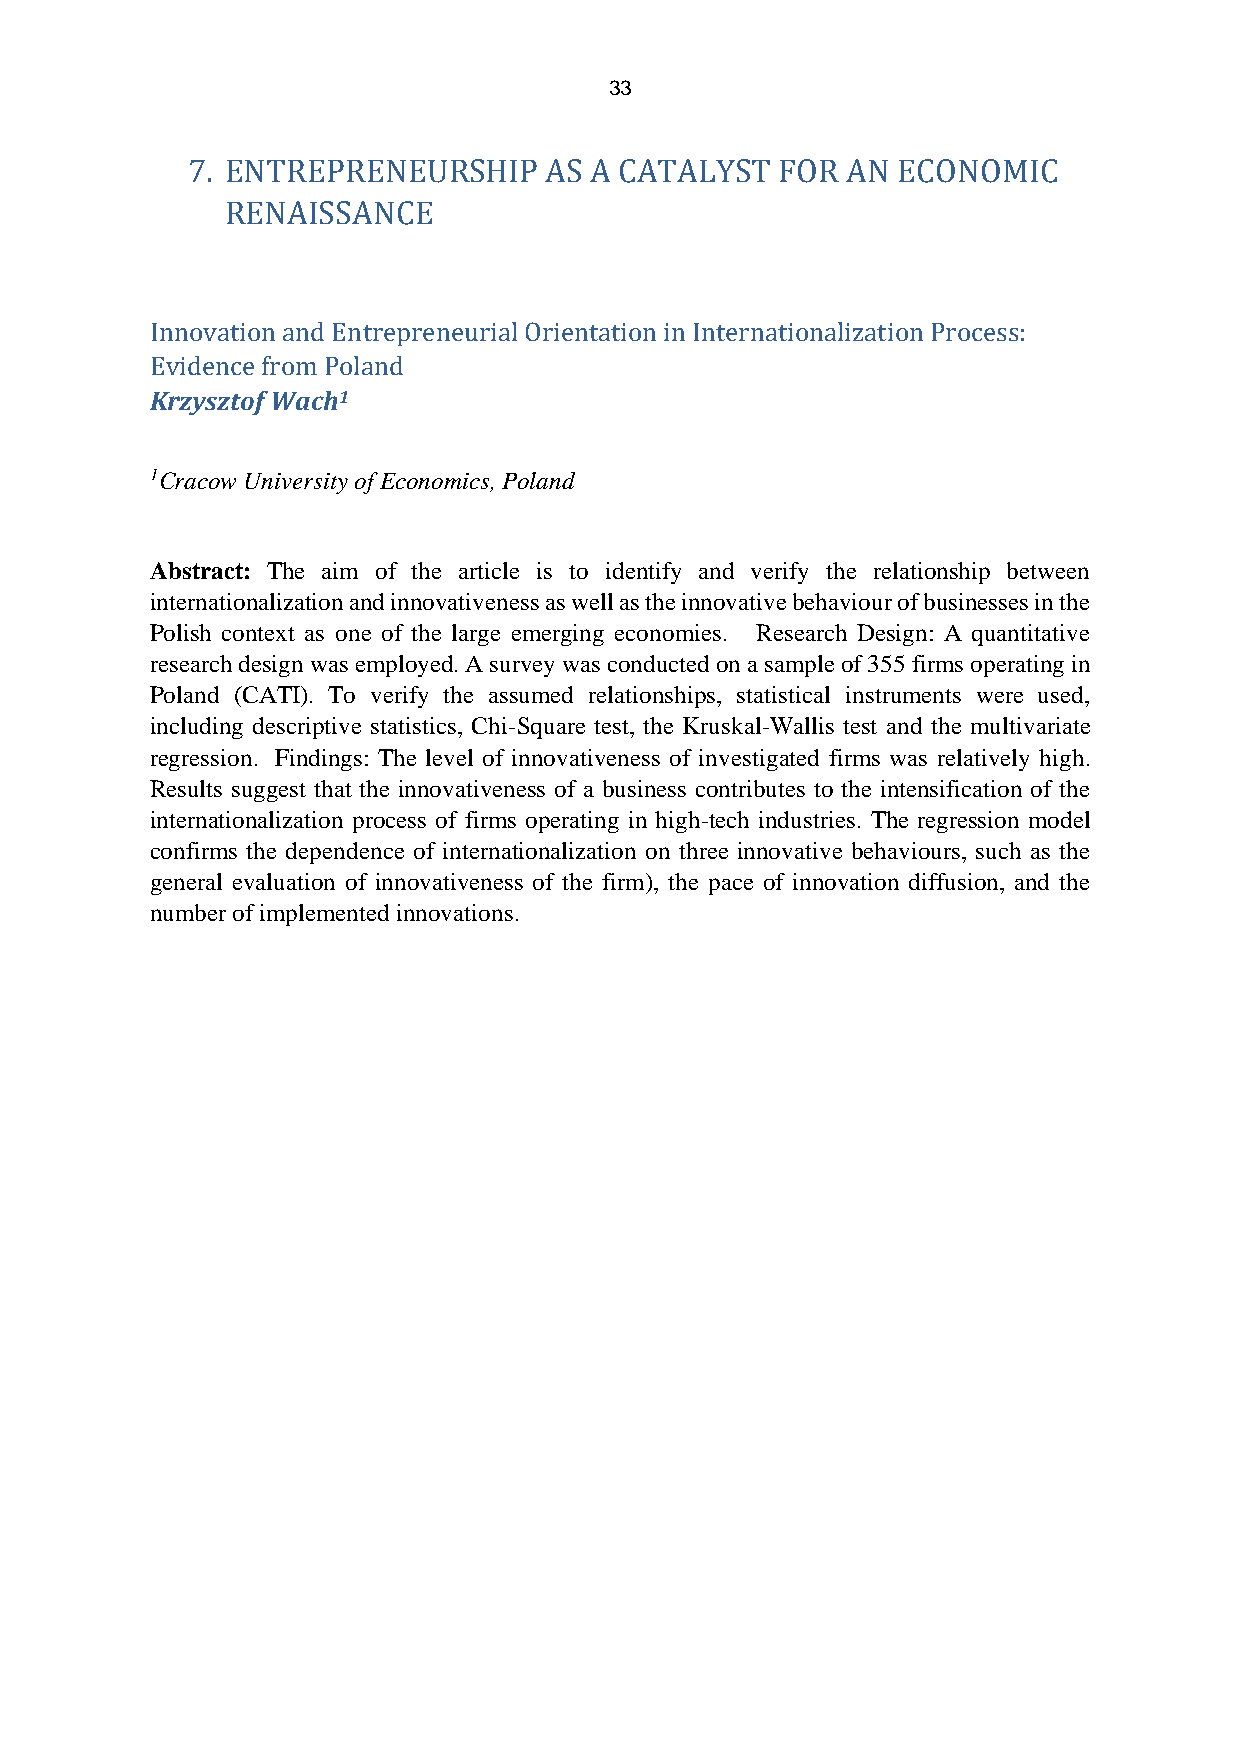
33
 7. ENTREPRENEURSHIP     AS A CATALYST   FOR AN ECONOMIC
 RENAISSANCE
 Innovation and Entrepreneurial Orientation in Internationalization Process:
 Evidence from Poland
 Krzysztof Wach1
 1Cracow University of Economics, Poland
 Abstract: The aim of the article is to identify and verify the relationship between
 internationalization and innovativeness as well as the innovative behaviour of businesses in the
 Polish context as one of the large emerging economies. Research Design: A quantitative
 research design was employed. A survey was conducted on a sample of 355 firms operating in
 Poland (CATI). To verify the assumed relationships, statistical instruments were used,
 including descriptive statistics, Chi-Square test, the Kruskal-Wallis test and the multivariate
 regression. Findings: The level of innovativeness of investigated firms was relatively high.
 Results suggest that the innovativeness of a business contributes to the intensification of the
 internationalization process of firms operating in high-tech industries. The regression model
 confirms the dependence of internationalization on three innovative behaviours, such as the
 general evaluation of innovativeness of the firm), the pace of innovation diffusion, and the
 number of implemented innovations.